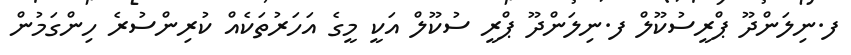
ފ.ނިލަންދޫ ޕްރީސުކޫލް ފ.ނިލަންދޫ ޕްރީ ސުކޫލް އަކީ މީގެ އަހަރުތަކެއް ކުރިންސުރެ ހިންގަމުން